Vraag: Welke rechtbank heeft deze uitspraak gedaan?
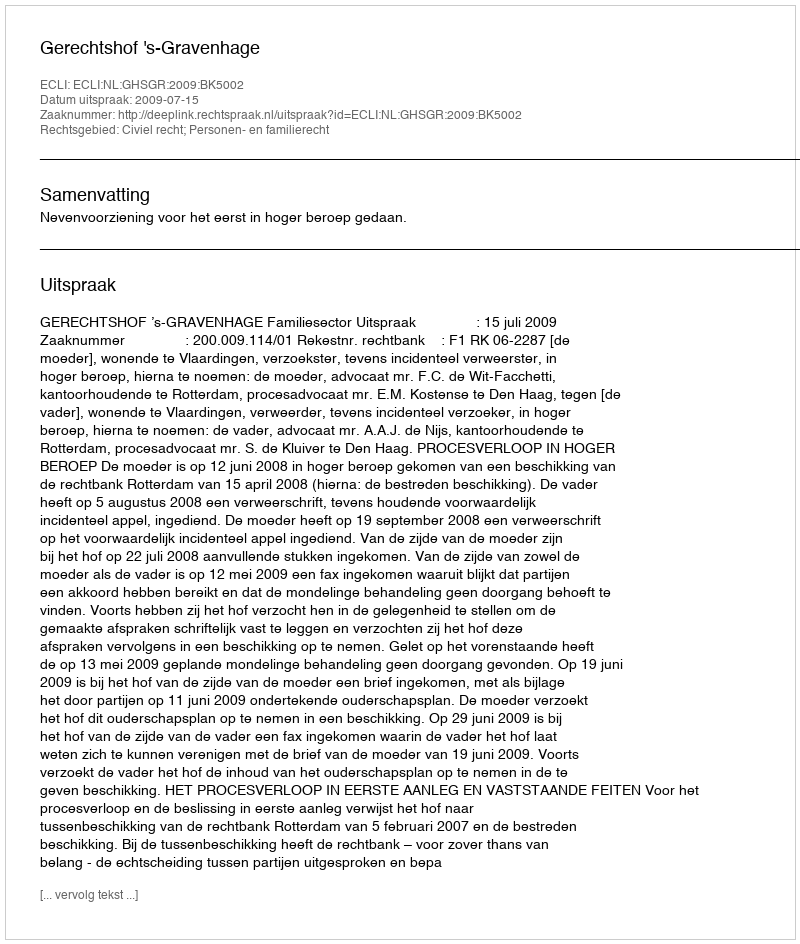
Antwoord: Gerechtshof 's-Gravenhage